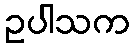
ဥပါသက